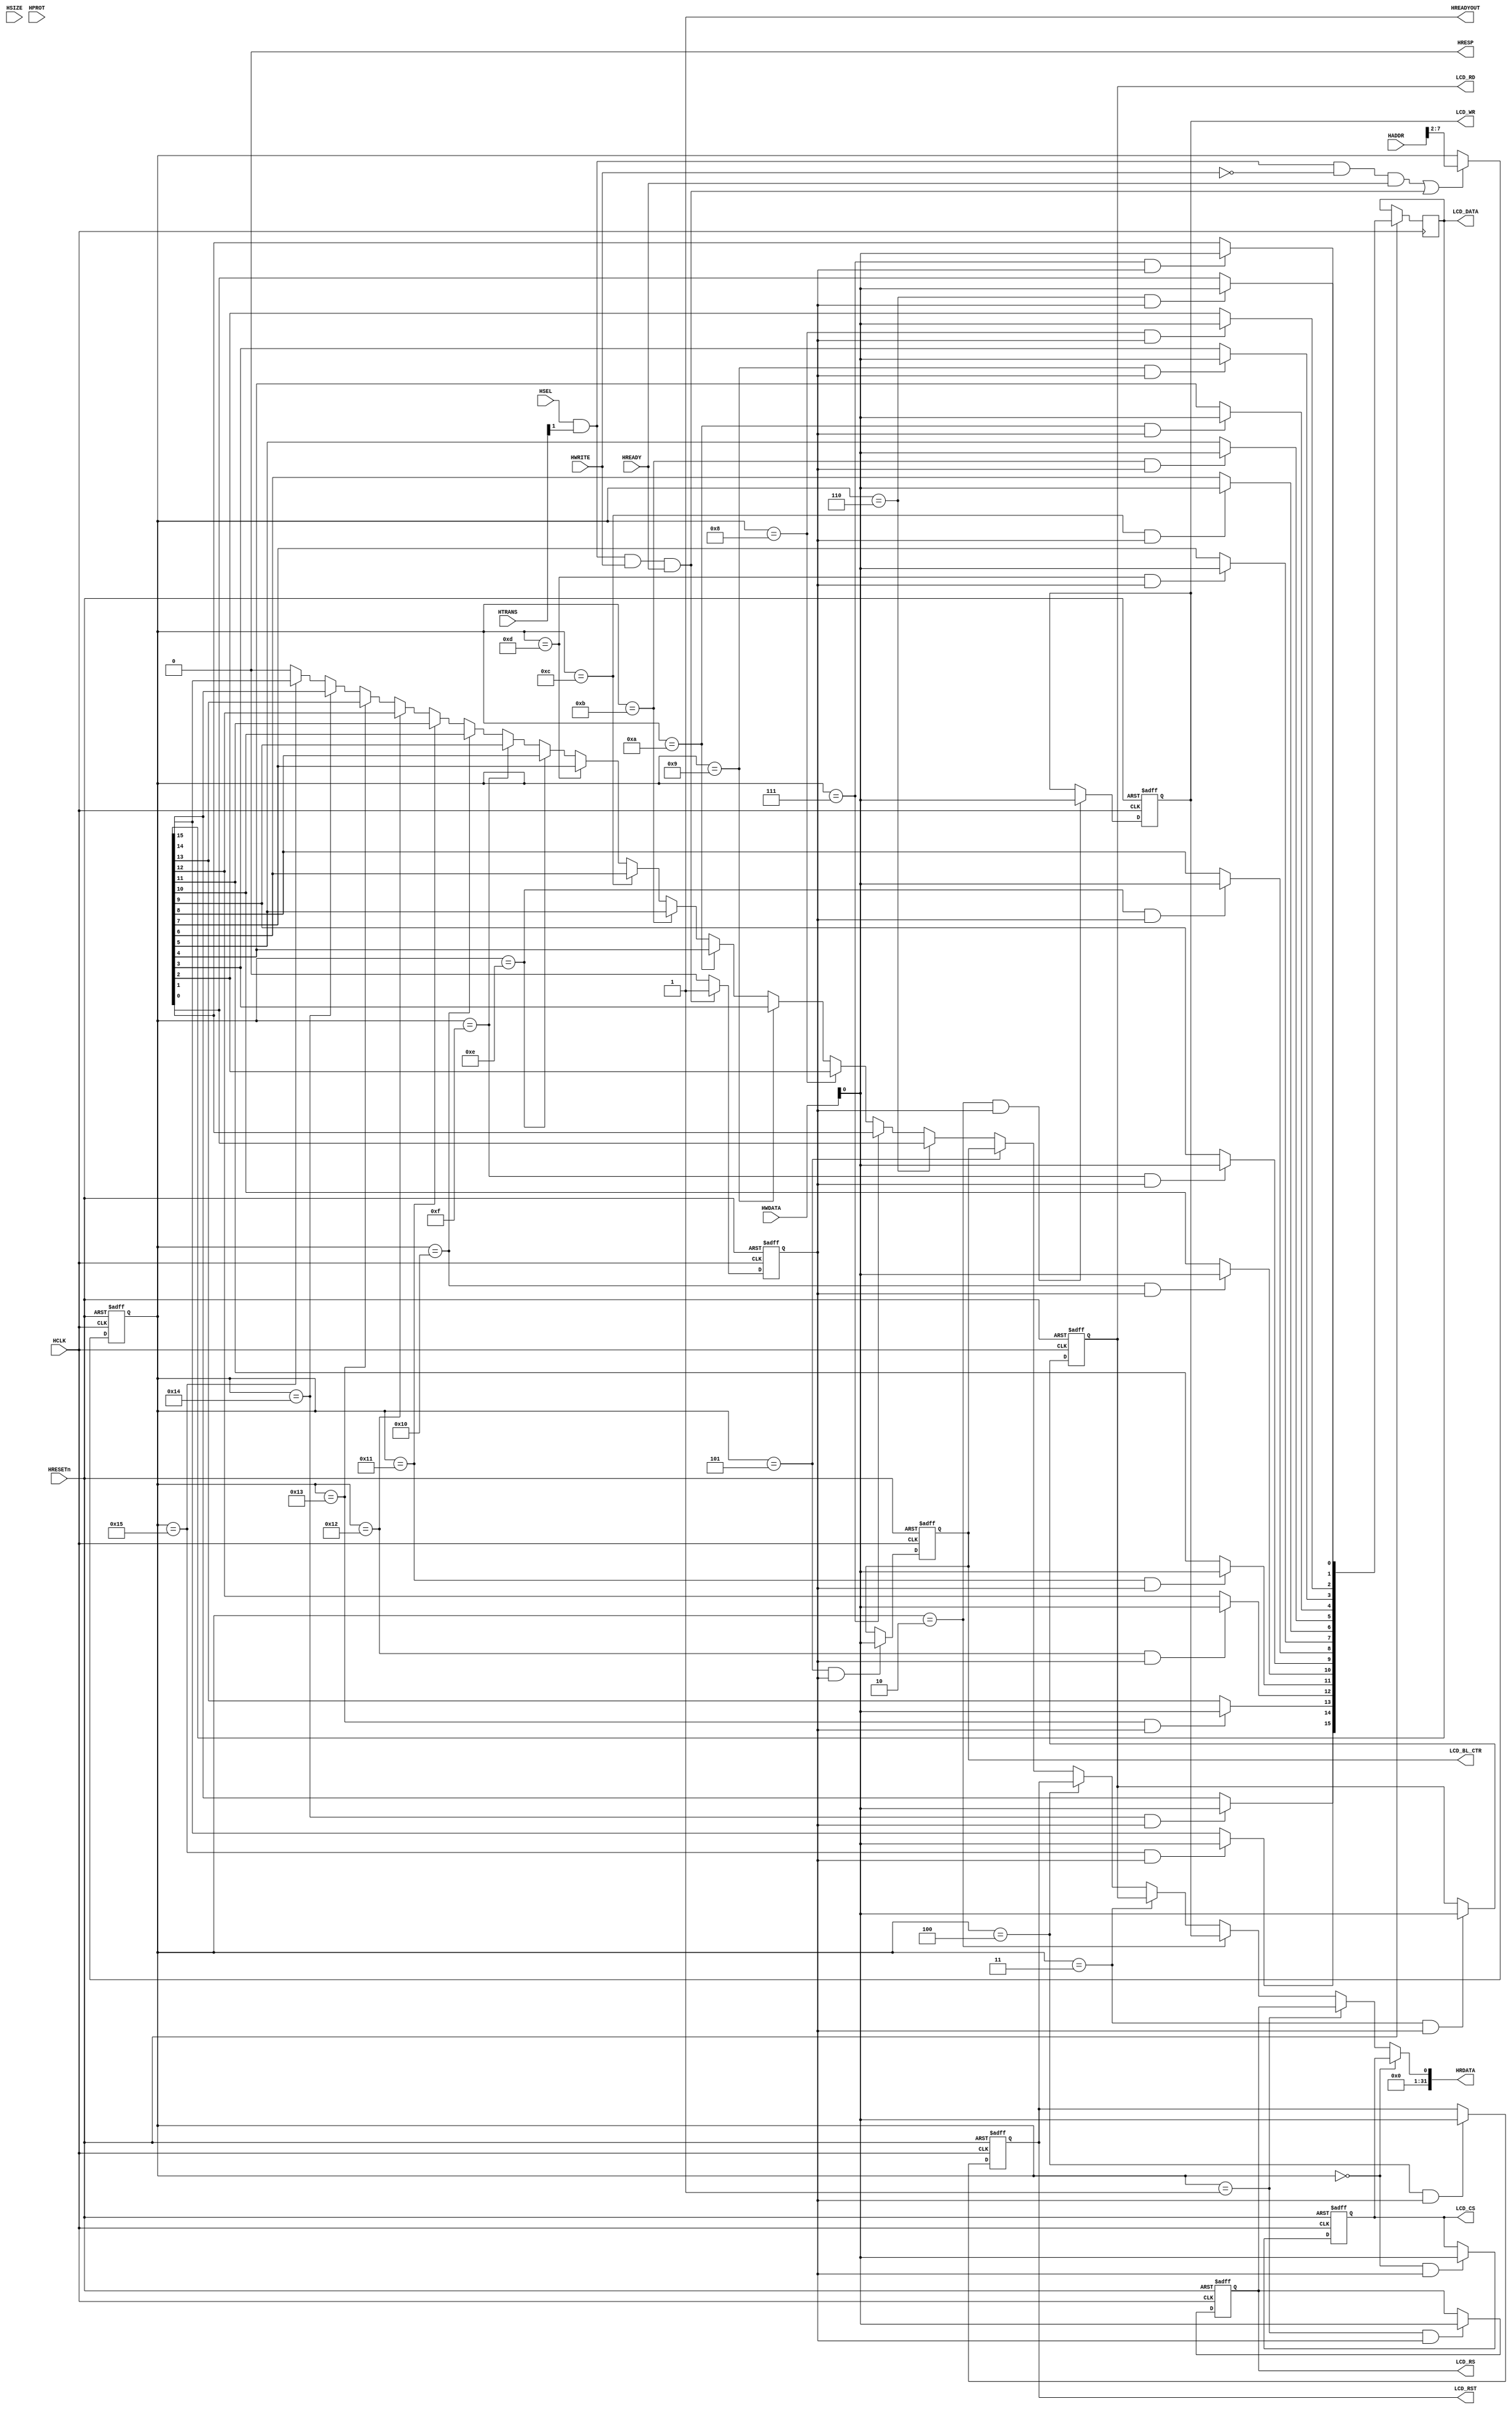
module custom_ahb_lcd(
    input  wire                         HCLK,    
    input  wire                         HRESETn, 
    input  wire                         HSEL,    
    input  wire   [31:0]                HADDR,   
    input  wire    [1:0]                HTRANS,  
    input  wire    [2:0]                HSIZE,   
    input  wire    [3:0]                HPROT,   
    input  wire                         HWRITE,  
    input  wire   [31:0]                HWDATA,  
    input  wire                         HREADY,  
    output wire                         HREADYOUT, 
    output wire    [31:0]               HRDATA,  
    output wire                         HRESP,

    output  wire                        LCD_CS,
    output  wire                        LCD_RS,
    output  wire                        LCD_WR,
    output  wire                        LCD_RD,
    output  wire                        LCD_RST,
    output  wire    [15:0]              LCD_DATA,
    output  wire                        LCD_BL_CTR
);

assign HRESP = 1'b0;
assign HREADYOUT = 1'b1;

wire read_en;
assign read_en=HSEL&HTRANS[1]&(~HWRITE)&HREADY;

wire write_en;
assign write_en=HSEL&HTRANS[1]&(HWRITE)&HREADY;

reg [5:0] addr;
always@(posedge HCLK or negedge HRESETn) begin
  if(~HRESETn) addr <= 6'b0;
  else if(read_en || write_en) addr <= HADDR[7:2];
end

reg write_en_reg;
always@(posedge HCLK or negedge HRESETn) begin
  if(~HRESETn) write_en_reg <= 1'b0;
  else if(write_en) write_en_reg <= 1'b1;
  else  write_en_reg <= 1'b0;
end

wire        LCD_CS_en;
wire        LCD_RS_en;
wire        LCD_WR_en;
wire        LCD_RD_en;
wire        LCD_RST_en;
wire        LCD_BL_CTR_en;
wire [15:0] LCD_DATA_en;

assign LCD_CS_en        = addr == 6'h00 & write_en_reg;
assign LCD_RS_en        = addr == 6'h01 & write_en_reg;
assign LCD_WR_en        = addr == 6'h02 & write_en_reg;
assign LCD_RD_en        = addr == 6'h03 & write_en_reg;
assign LCD_RST_en       = addr == 6'h04 & write_en_reg;
assign LCD_BL_CTR_en    = addr == 6'h05 & write_en_reg;
assign LCD_DATA_en[0]   = addr == 6'h06 & write_en_reg;
assign LCD_DATA_en[1]   = addr == 6'h07 & write_en_reg;
assign LCD_DATA_en[2]   = addr == 6'h08 & write_en_reg;
assign LCD_DATA_en[3]   = addr == 6'h09 & write_en_reg;
assign LCD_DATA_en[4]   = addr == 6'h0A & write_en_reg;
assign LCD_DATA_en[5]   = addr == 6'h0B & write_en_reg;
assign LCD_DATA_en[6]   = addr == 6'h0C & write_en_reg;
assign LCD_DATA_en[7]   = addr == 6'h0D & write_en_reg;
assign LCD_DATA_en[8]   = addr == 6'h0E & write_en_reg;
assign LCD_DATA_en[9]   = addr == 6'h0F & write_en_reg;
assign LCD_DATA_en[10]  = addr == 6'h10 & write_en_reg;
assign LCD_DATA_en[11]  = addr == 6'h11 & write_en_reg;
assign LCD_DATA_en[12]  = addr == 6'h12 & write_en_reg;
assign LCD_DATA_en[13]  = addr == 6'h13 & write_en_reg;
assign LCD_DATA_en[14]  = addr == 6'h14 & write_en_reg;
assign LCD_DATA_en[15]  = addr == 6'h15 & write_en_reg;

reg        LCD_CS_reg;
reg        LCD_RS_reg;
reg        LCD_WR_reg;
reg        LCD_RD_reg;
reg        LCD_RST_reg;
reg        LCD_BL_CTR_reg;
reg [15:0] LCD_DATA_reg;

always@(posedge HCLK or negedge HRESETn) begin
    if(~HRESETn) begin
        LCD_CS_reg <= 1'b0;
        LCD_RS_reg <= 1'b0;
        LCD_WR_reg <= 1'b0;
        LCD_RD_reg <= 1'b0;
        LCD_RST_reg <= 1'b0;
        LCD_BL_CTR_reg <= 1'b0;
    end 
    else begin
        if (LCD_CS_en) begin
            LCD_CS_reg <= HWDATA[0];
        end
        if (LCD_RS_en) begin
            LCD_RS_reg <= HWDATA[0];
        end
        if (LCD_WR_en) begin
            LCD_WR_reg <= HWDATA[0];
        end
        if (LCD_RD_en) begin
            LCD_RD_reg <= HWDATA[0];
        end
        if (LCD_RST_en) begin
            LCD_RST_reg <= HWDATA[0];
        end
        if (LCD_BL_CTR_en) begin
            LCD_BL_CTR_reg <= HWDATA[0];
        end
        //-----------------------------------------------
        //              DATA
        //-----------------------------------------------
        if (LCD_DATA_en[0]) begin
            LCD_DATA_reg[0] <= HWDATA[0];
        end
        if (LCD_DATA_en[1]) begin
            LCD_DATA_reg[1] <= HWDATA[0];
        end
        if (LCD_DATA_en[2]) begin
            LCD_DATA_reg[2] <= HWDATA[0];
        end
        if (LCD_DATA_en[3]) begin
            LCD_DATA_reg[3] <= HWDATA[0];
        end
        if (LCD_DATA_en[4]) begin
            LCD_DATA_reg[4] <= HWDATA[0];
        end
        if (LCD_DATA_en[5]) begin
            LCD_DATA_reg[5] <= HWDATA[0];
        end
        if (LCD_DATA_en[6]) begin
            LCD_DATA_reg[6] <= HWDATA[0];
        end
        if (LCD_DATA_en[7]) begin
            LCD_DATA_reg[7] <= HWDATA[0];
        end
        if (LCD_DATA_en[8]) begin
            LCD_DATA_reg[8] <= HWDATA[0];
        end
        if (LCD_DATA_en[9]) begin
            LCD_DATA_reg[9] <= HWDATA[0];
        end
        if (LCD_DATA_en[10]) begin
            LCD_DATA_reg[10] <= HWDATA[0];
        end
        if (LCD_DATA_en[11]) begin
            LCD_DATA_reg[11] <= HWDATA[0];
        end
        if (LCD_DATA_en[12]) begin
            LCD_DATA_reg[12] <= HWDATA[0];
        end
        if (LCD_DATA_en[13]) begin
            LCD_DATA_reg[13] <= HWDATA[0];
        end
        if (LCD_DATA_en[14]) begin
            LCD_DATA_reg[14] <= HWDATA[0];
        end
        if (LCD_DATA_en[15]) begin
            LCD_DATA_reg[15] <= HWDATA[0];
        end
    end
end

//-------------------------------------------------------------------       
//                  HRDATA DECODER
//-------------------------------------------------------------------

assign HRDATA[0] =  (   addr == 6'h00   ) ?  LCD_CS_reg        :   (         
                    (   addr == 6'h01   ) ?  LCD_RS_reg        :   (
                    (   addr == 6'h02   ) ?  LCD_WR_reg        :   (
                    (   addr == 6'h03   ) ?  LCD_RD_reg        :   (
                    (   addr == 6'h04   ) ?  LCD_RST_reg        :   (
                    (   addr == 6'h05   ) ?  LCD_BL_CTR_reg     :   (
                    (   addr == 6'h06   ) ?  LCD_DATA_reg[0]    :   (
                    (   addr == 6'h07   ) ?  LCD_DATA_reg[1]    :   (
                    (   addr == 6'h08   ) ?  LCD_DATA_reg[2]    :   (
                    (   addr == 6'h09   ) ?  LCD_DATA_reg[3]    :   (
                    (   addr == 6'h0A   ) ?  LCD_DATA_reg[4]    :   (
                    (   addr == 6'h0B   ) ?  LCD_DATA_reg[5]    :   (
                    (   addr == 6'h0C   ) ?  LCD_DATA_reg[6]    :   (
                    (   addr == 6'h0D   ) ?  LCD_DATA_reg[7]    :   (
                    (   addr == 6'h0E   ) ?  LCD_DATA_reg[8]    :   (
                    (   addr == 6'h0F   ) ?  LCD_DATA_reg[9]    :   (
                    (   addr == 6'h10   ) ?  LCD_DATA_reg[10]   :   (
                    (   addr == 6'h11   ) ?  LCD_DATA_reg[11]   :   (
                    (   addr == 6'h12   ) ?  LCD_DATA_reg[12]   :   (
                    (   addr == 6'h13   ) ?  LCD_DATA_reg[13]   :   (
                    (   addr == 6'h14   ) ?  LCD_DATA_reg[14]   :   (
                    (   addr == 6'h15   ) ?  LCD_DATA_reg[15]   :   1'b0)))))))))))))))))))));
assign HRDATA[31 : 1] = 31'b0;

assign LCD_CS       = LCD_CS_reg;
assign LCD_RS       = LCD_RS_reg;
assign LCD_WR       = LCD_WR_reg;
assign LCD_RD       = LCD_RD_reg;
assign LCD_RST      = LCD_RST_reg;
assign LCD_BL_CTR   = LCD_BL_CTR_reg;
assign LCD_DATA     = LCD_DATA_reg;
endmodule